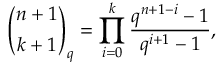
{ \binom { n + 1 } { k + 1 } } _ { q } = \prod _ { i = 0 } ^ { k } { \frac { q ^ { n + 1 - i } - 1 } { q ^ { i + 1 } - 1 } } ,